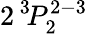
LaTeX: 2\, ^{3}\! P_{2}^{2-3}